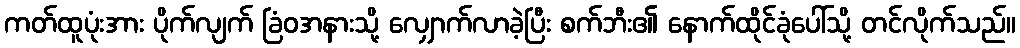
ကတ်ထူပုံးအား ပိုက်လျက် ခြံဝအနားသို့ လျှောက်လာခဲ့ပြီး စက်ဘီး၏ နောက်ထိုင်ခုံပေါ်သို့ တင်လိုက်သည်။